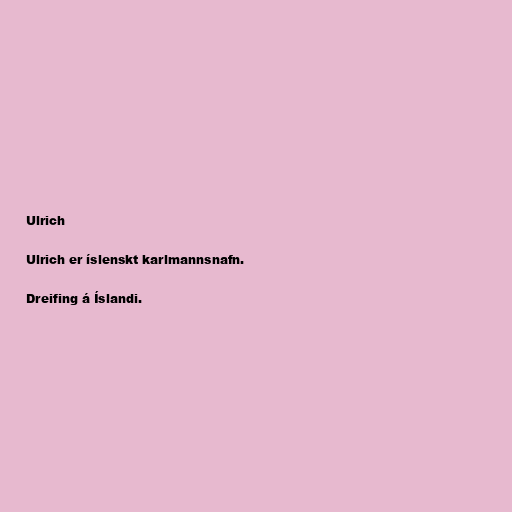
Ulrich

Ulrich er íslenskt karlmannsnafn.

Dreifing á Íslandi.